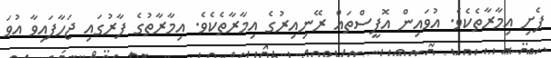
ފެށި އިމާރާތެކެވެ. އުވައިން އޮފީސްތައް ރޭނިއިރުގެ އިމާރާތެކެވެ. އިމާރާތުގެ ފާރުގައި ޖަހާފައިވާ އުވަ